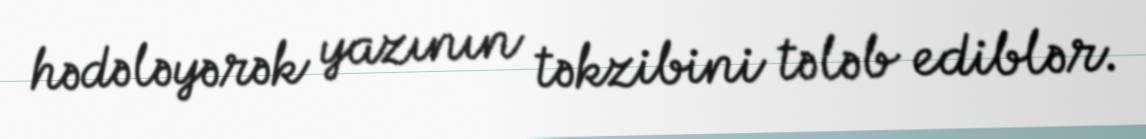
hədələyərək yazının təkzibini tələb ediblər.